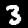
Digit: 3